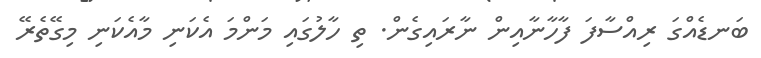
ބަނޑެއްގަ ރިއްސާފަ ފާހާނާއިން ނާރައިގެން. ތި ހާލުގައި މަންމަ އެކަނި މާއެކަނި މިގޭތެރޭ